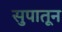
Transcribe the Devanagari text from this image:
सुपातून